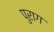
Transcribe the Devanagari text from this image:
पुराग